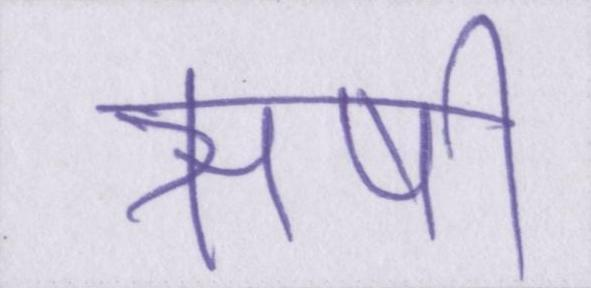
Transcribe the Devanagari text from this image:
ऋषी